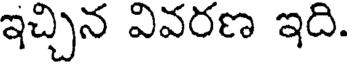
ఇచ్చిన వివరణ ఇది.